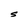
Character: S